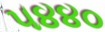
૫૪૪૦